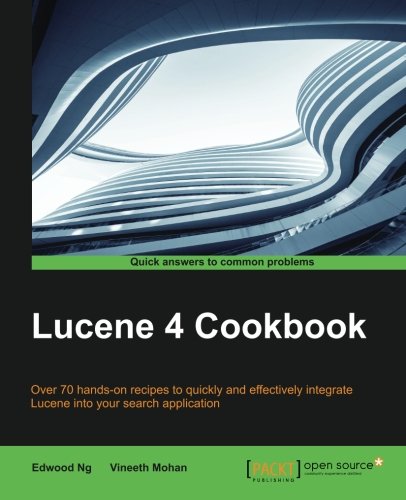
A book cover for Lucene 4 Cookbook; Edwood Ng; Computers & Technology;